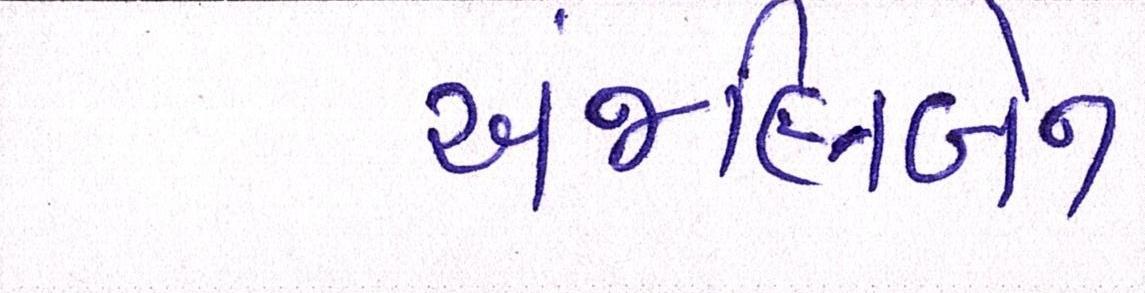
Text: અંજલિબેન